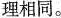
理相同。